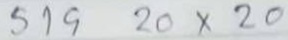
519  20 x 20